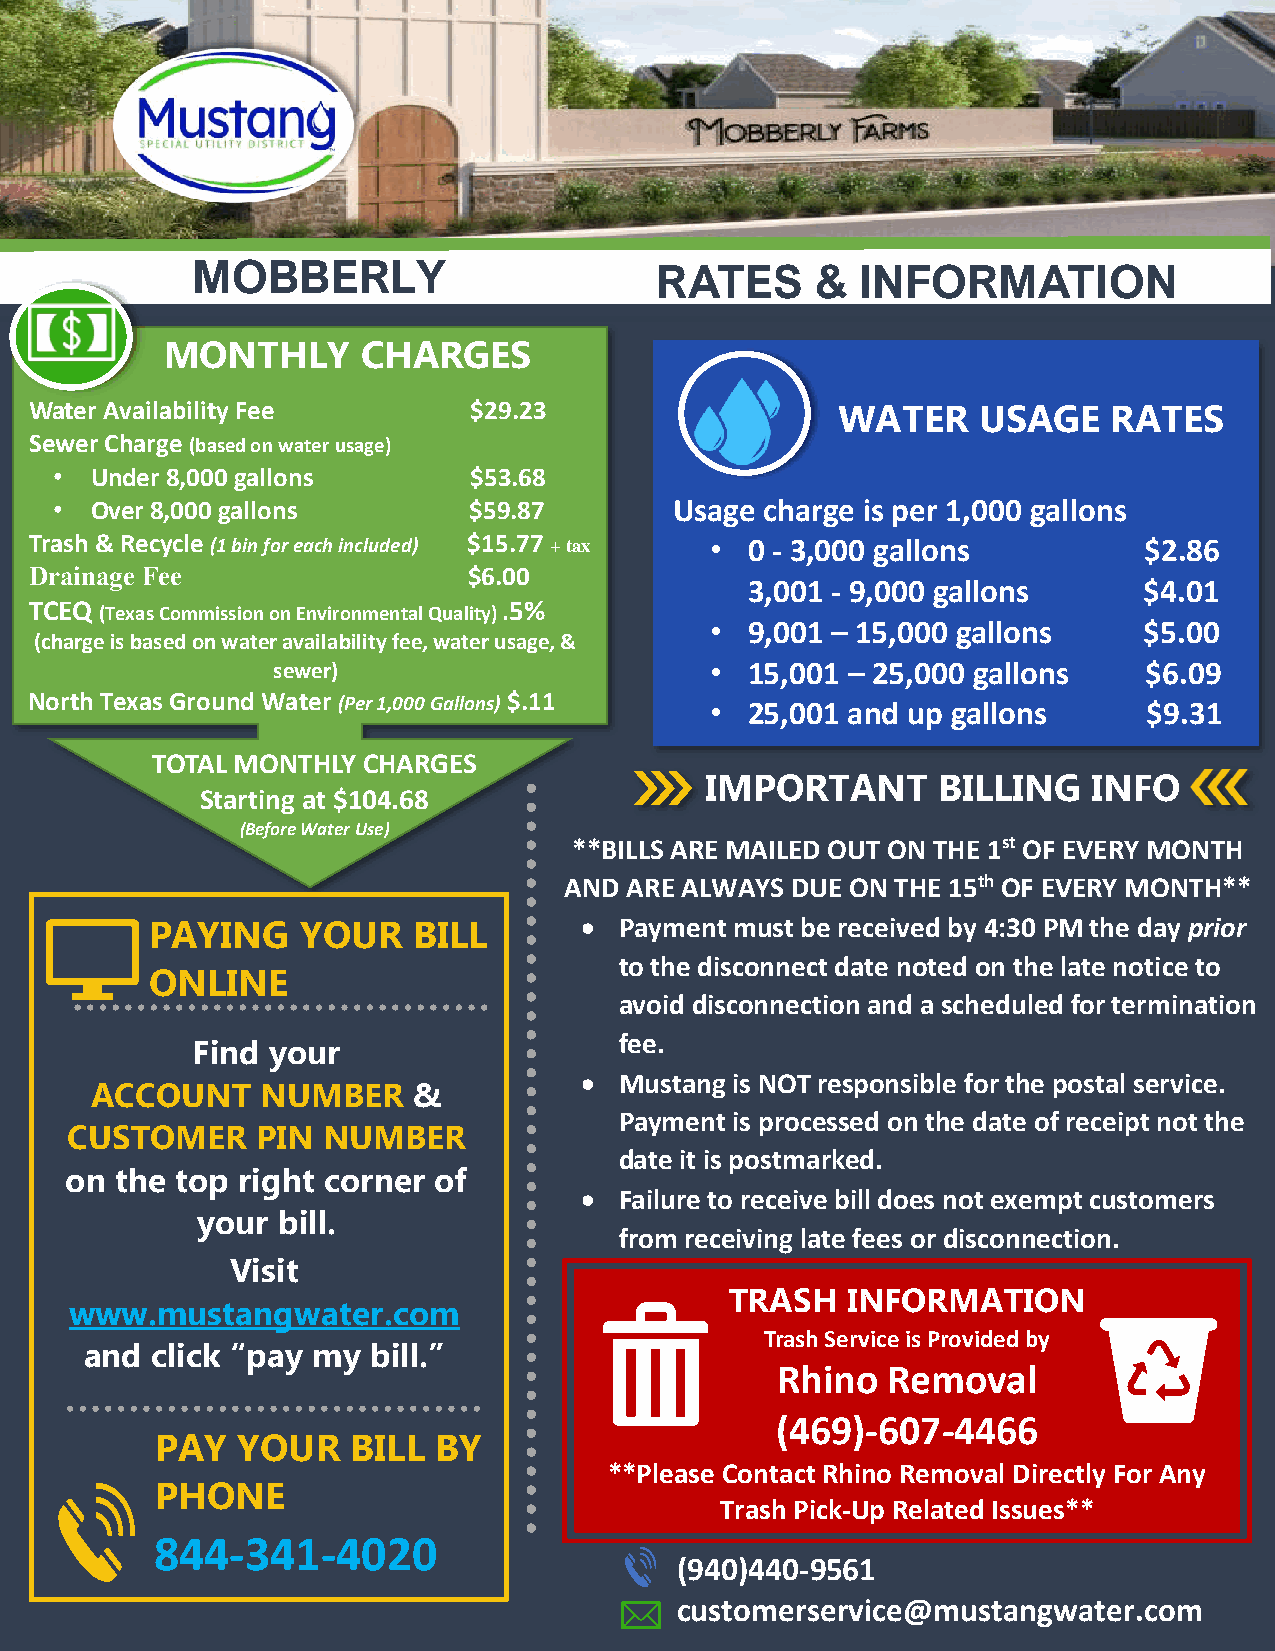
MOBBERLY                      RATES      &  INFORMATION
 MONTHLY      CHARGES
 Water Availability Fee       $29.23                  WATER     USAGE    RATES
 Sewer Charge (based on water usage)
 • Under 8,000 gallons      $53.68
 • Over 8,000 gallons       $59.87        Usage charge is per 1,000 gallons
 Trash & Recycle (1 bin for each included) $15.77 + tax • 0 - 3,000 gallons $2.86
 Drainage Fee                 $6.00
 3,001 - 9,00 0 gallons     $4.01
 TCEQ
 (Texas Commission on Environmental Quality)
 .5%
 • 9,001 – 15,000 gallons     $5.00
 (charge is based on water availability fee, water usage, &
 sewer)                       • 15,001 – 25,000 gallons    $6.09
 age:
 North Texas Ground Water (Per 1,000 Gallons) $.11 • 25,001 and up gallons $9.31
 TOTAL MONTHLY CHARGES
 IMPORTANT      BILLING   INFO
 Starting at $104.68
 (Before Water Use)
 **B ILLS ARE MAILED OUT ON THE 1st OF EVERY MONTH
 AND A RE ALWAYS DUE ON THE 15th OF EVERY MONTH**
 PAYING    YOUR   BILL       •  Payment must be received by 4:30 PM the day prior
 to the disconnect date noted on the late notice to
 ONLINE
 avoid disconnection and a scheduled for termination
 fee.
 Find your
 •  Mustang is NOT responsible for the postal service.
 ACCOUNT    NUMBER    &
 Pa yment is processed on the date of receipt not the
 CUSTOMER     PIN NUMBER
 da te it is postmarked.
 on  the top right corner of
 •  Failure to receive bill does not exempt customers
 your bill.
 from receiving late fees or disconnection.
 Visit
 TRASH   INFORMATION
 www.mustangwater.com
 Trash Service is Provided by
 and click “pay my  bill.”
 Rhino   Removal
 (469)-607-4466
 PAY   YOUR   BILL  BY
 **Plea(9se4 0Co)4n4ta0c-t9 R5h6i1n o R e m o v a l Directly For Any
 PHONE
 cusTtoramshe Prsicekr-vUipc eR@elamteuds tIsasnugesw*a* ter.com
 844-341-4020
 (940)440-9561
 customerservice@mustangwater.com